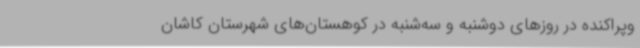
وپراکنده در روزهای دوشنبه و سه‌شنبه در کوهستان‌های شهرستان کاشان